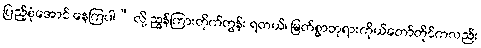
ပြည့်စုံအောင် နေကြပါ” လို့ ညွှန်ကြားတိုက်တွန်း ရတယ်၊ မြတ်စွာဘုရားကိုယ်တော်တိုင်ကလည်း